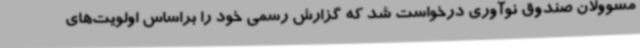
مسوولان صندوق نوآوری درخواست شد که گزارش رسمی خود را براساس اولویت‌های